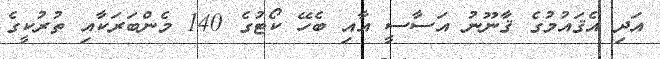
އަދި އެޤައުމުގެ ޤާނޫނު އަސާސީ އާއި ބެހޭ ކޯޓުގެ 140 މެންބަރަކާއި ތުރުކީގެ